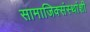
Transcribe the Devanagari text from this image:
सामाजिक्संस्थांशी